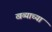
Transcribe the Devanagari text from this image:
खव्याच्या